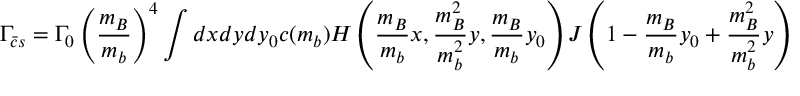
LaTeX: \Gamma _ { \bar { c } s } = \Gamma _ { 0 } \left( \frac { m _ { B } } { m _ { b } } \right) ^ { 4 } \int d x d y d y _ { 0 } c ( m _ { b } ) H \left( \frac { m _ { B } } { m _ { b } } x , \frac { m _ { B } ^ { 2 } } { m _ { b } ^ { 2 } } y , \frac { m _ { B } } { m _ { b } } y _ { 0 } \right) J \left( 1 - \frac { m _ { B } } { m _ { b } } y _ { 0 } + \frac { m _ { B } ^ { 2 } } { m _ { b } ^ { 2 } } y \right) \; ,